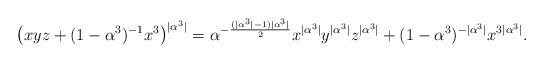
LaTeX: \begin{align*}\left(xyz + (1-\alpha^3)^{-1} x^3\right)^{|\alpha^3|} = \alpha^{-\frac{(|\alpha^3|-1) |\alpha^3| }{2}} x^{|\alpha^3|}y^{|\alpha^3|}z^{|\alpha^3|} + (1-\alpha^3)^{-|\alpha^3|} x^{3|\alpha^3|}.\end{align*}